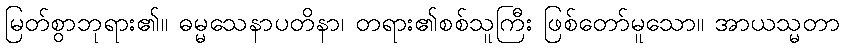
မြတ်စွာဘုရား၏။ ဓမ္မသေနာပတိနာ၊ တရား၏စစ်သူကြီး ဖြစ်တော်မူသော။ အာယသ္မတာ